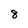
Character: 8